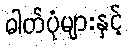
ဓါတ်ပုံများနှင့်